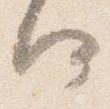
何